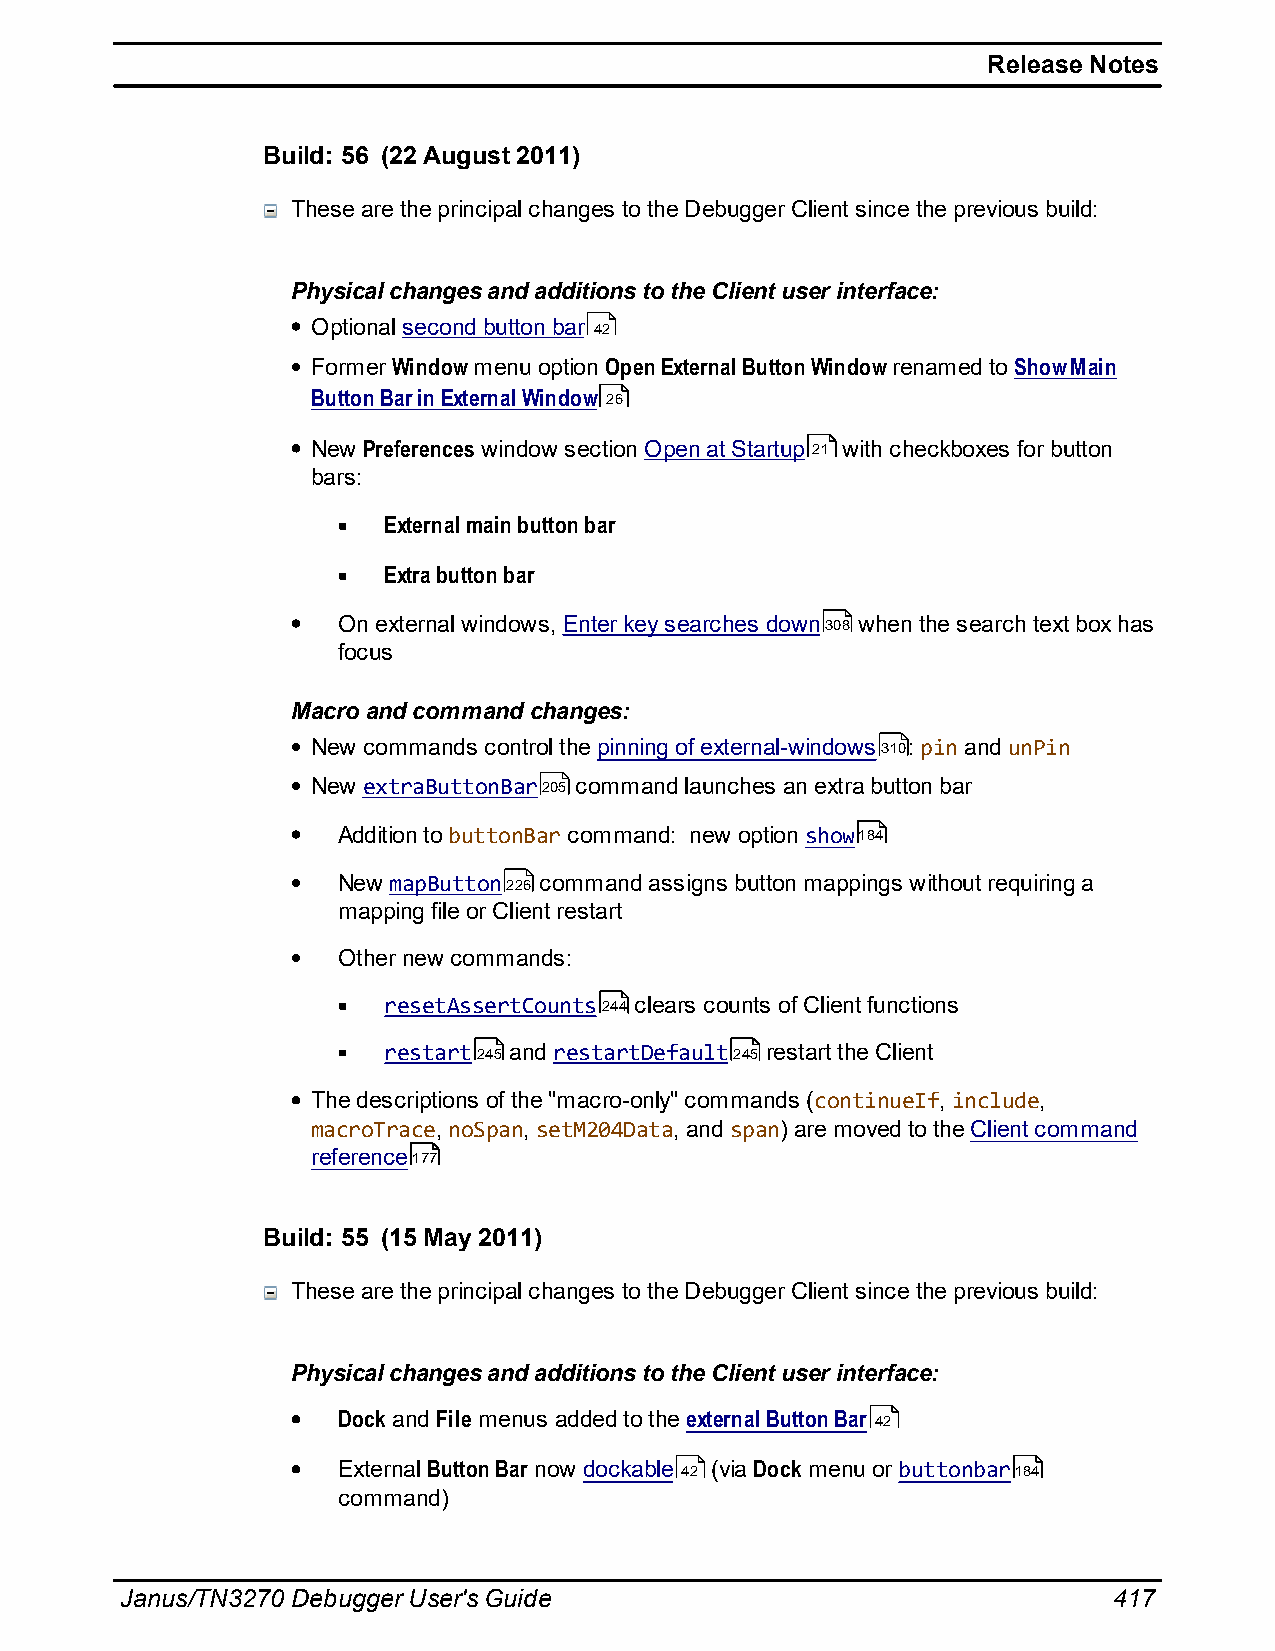
Release Notes
 Build: 56 (22 August 2011)
 These are the principal changes to the Debugger Client since the previous build:
 Physical changes and additions to the Client user interface:
 Optional second button bar 42
 Former Window menu option Open External Button Window renamed to Show Main
 Button Bar in External Window 26
 New Preferences window section Open at Startup 21 with checkboxes for button
 bars:
 External main button bar
 Extra button bar
 On external windows, Enter key searches down308 when the search text box has
 focus
 Macro and command changes:
 New commands control the pinning of external-windows310: pin and unPin
 New extraButtonBar205 command launches an extra button bar
 Addition to buttonBar command: new option show184
 New mapButton226 command assigns button mappings without requiring a
 mapping file or Client restart
 Other new commands:
 resetAssertCounts244 clears counts of Client functions
 restart245 and restartDefault245 restart the Client
 The descriptions of the "macro-only" commands (continueIf, include,
 macroTrace, noSpan, setM204Data, and span) are moved to the Client command
 reference177
 Build: 55 (15 May 2011)
 These are the principal changes to the Debugger Client since the previous build:
 Physical changes and additions to the Client user interface:
 Dock and File menus added to the external Button Bar 42
 External Button Bar now dockable 42 (via Dock menu or buttonbar184
 command)
 Janus/TN3270 Debugger User's Guide                                417